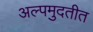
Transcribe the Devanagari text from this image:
अल्पमुदतीत